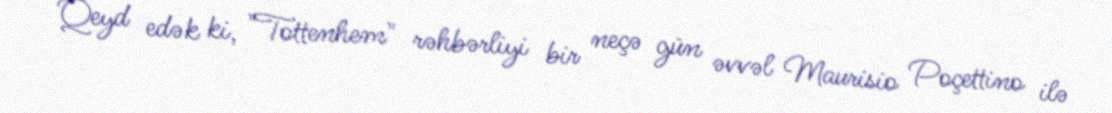
Qeyd edək ki, "Tottenhem" rəhbərliyi bir neçə gün əvvəl Maurisio Poçettino ilə